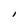
Character: l